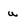
Character: u